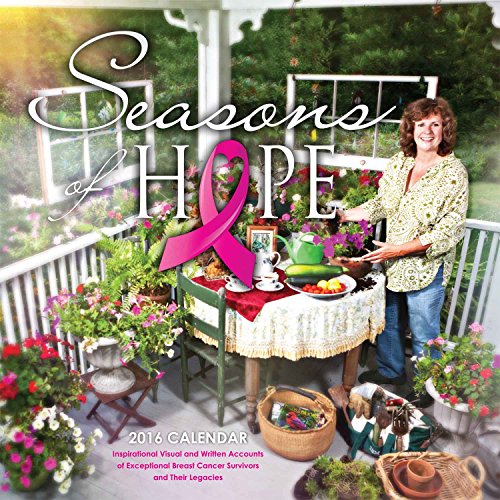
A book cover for Seasons of Hope 2016 Calendar; Matthew S. Field; Health, Fitness & Dieting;